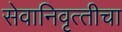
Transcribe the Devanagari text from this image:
सेवानिवृत्‍तीचा